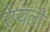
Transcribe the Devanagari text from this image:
रेप्यली